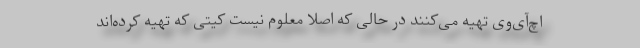
اچ‌آی‌وی تهیه می‌کنند در حالی که اصلا معلوم نیست کیتی که تهیه کرده‌اند